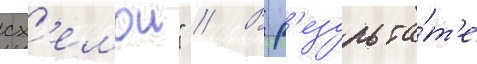
сх'емои" // В р'езульта́т'е